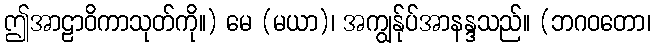
ဤအာဠာဝိကာသုတ်ကို။) မေ (မယာ)၊ အကျွန်ုပ်အာနန္ဒသည်။ (ဘဂဝတော၊